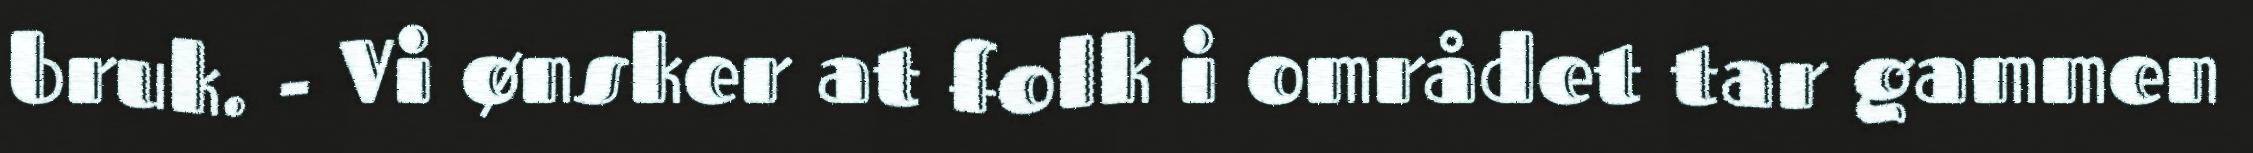
bruk. - Vi ønsker at folk i området tar gammen